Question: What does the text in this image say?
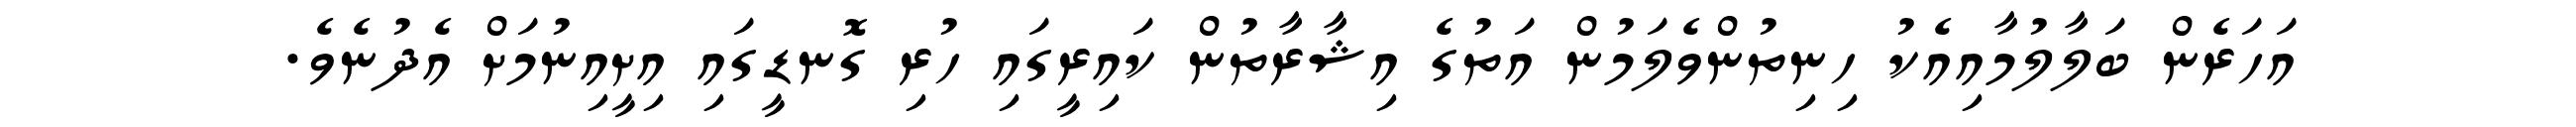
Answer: އަހަރެން ބަލާލުމާއިއެކު ހިނިތުންވެލަމުން އަތުގެ އިޝާރާތުން ކައިރީގައި ހުރި ގޮނޑީގައި އިށީއިނުމަށް އެދުނެވެ.